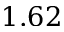
1 . 6 2